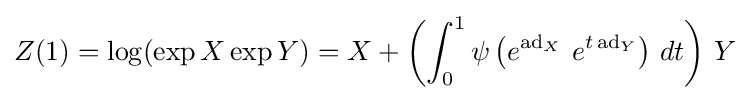
Z(1)=\log(\exp X\exp Y)=X+\left(\int _{0}^{1}\psi \left(e^{\operatorname {ad} _{X}}~e^{t\,{\text{ad}}_{Y}}\right)\,dt\right)\,Y